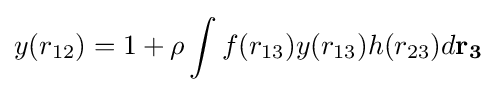
y(r_{12})=1+\rho \int f(r_{13})y(r_{13})h(r_{23})d\mathbf {r_{3}}